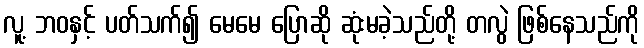
လူ့ ဘဝနှင့် ပတ်သက်၍ မေမေ ပြောဆို ဆုံးမခဲ့သည်တို့ တလွဲ ဖြစ်နေသည်ကို